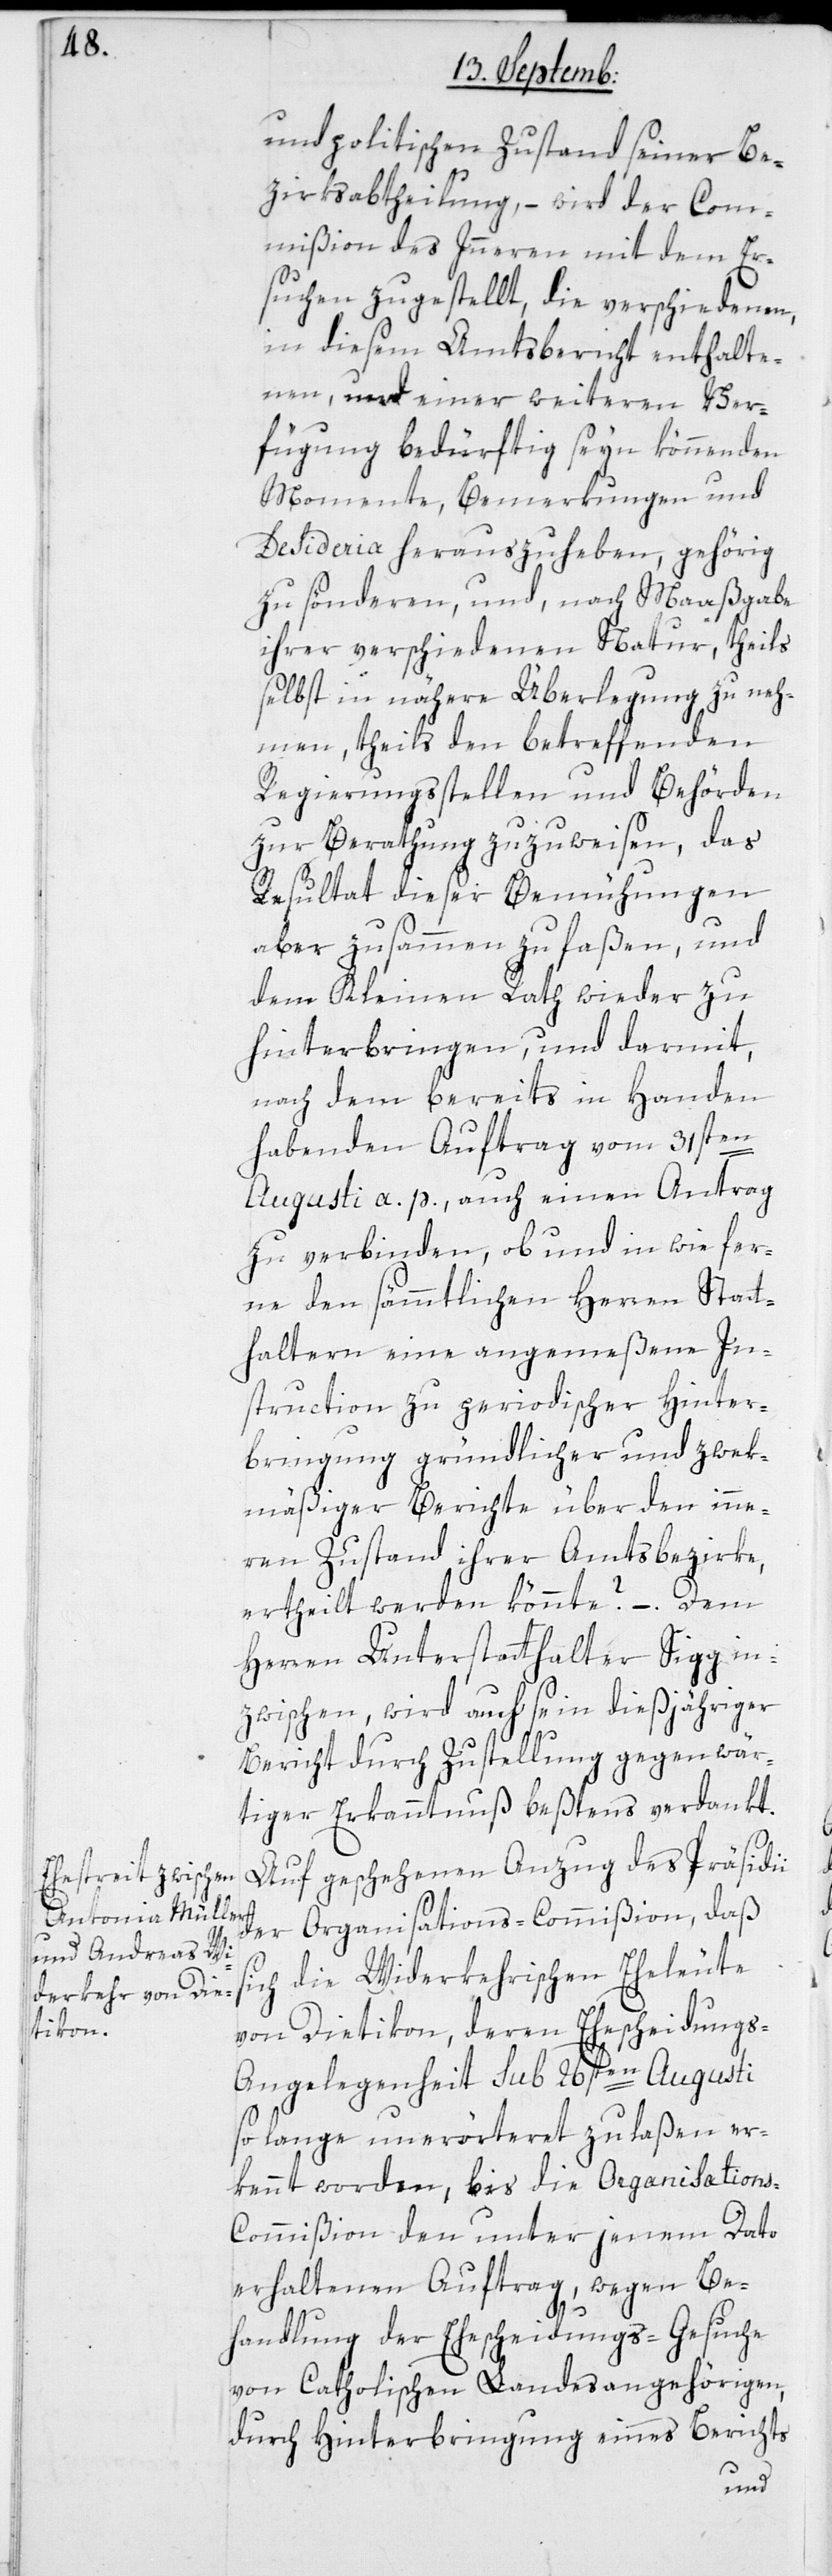
und politischen Zustand seiner Be¬
zirksabtheilung, – wird der Com¬
mißion des Innern mit dem Er¬
suchen zugestellt, die verschiedenen,
in diesem Amtsbericht enhalte¬
nen, und einer weiteren Ver¬
fügung bedürftig seyn könnenden
Momente, Bemerkungen und
Desideria herauszuheben, gehörig
zu sönderen, und nach Maaßgabe
ihrer verschiedenen Natur, theils
selbst in nähere Überlegung zu neh¬
men, theils den betreffenden
Regierungsstellen und Behörden
zur Berathung zuzuweisen, das
Resultat dieser Bemühungen
aber zusammen zu faßen, und
dem Kleinen Rath wieder zu
hinterbringen, und darmit,
nach dem bereits in Handen
habenden Auftrag vom 31sten
Augusti a. p., auch einen Antrag
zu verbinden, ob und in wie fer¬
ne den sämmtlichen Herren Statt¬
haltern eine angemeßene In¬
struction zu periodischer Hinter¬
bringung gründlicher und zwek¬
mäßiger Berichte über den inne¬
ren Zustand ihrer Amtsbezirke,
ertheilt werden könnte? – Dem
Herren Unterstatthalter Sigg in¬
zwischen wird auch sein dießjähriger
Bericht durch Zustellung gegenwär¬
tiger Erkanntnuß beßtens verdankt.
Auf geschehenen Anzug des Präsidii
der Organisations-Commißion, daß
ch die Widerkehrischen Eheleute
von Dietikon, deren Ehescheidung¬
s-Angelegenheit sub 26sten Augusti
so lange unerörteret zu laßen er¬
kennt worden, bis die Organisation¬
s-Commißion den unter jenem Dato
erhaltenen Auftrag, wegen Be¬
si¬
handlung der Ehescheidungs-Gesuche
von Catholischen Landesangehörigen,
durch Hinterbringung eines Berichts